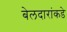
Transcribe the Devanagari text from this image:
बेलदारांकडे